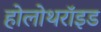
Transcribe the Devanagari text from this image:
होलोथरॉइड